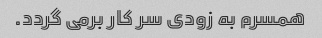
همسرم به زودی سر کار برمی گردد.